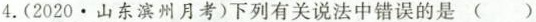
4.(2020·山东滨州月考)下列有关说法中错误的是()